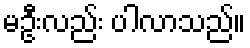
မဦးလည်း ပါလာသည်။